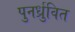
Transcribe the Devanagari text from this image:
पुनर्ध्रुवित